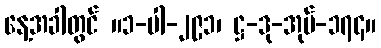
နေ့အခါတွင် ။၁-ပါ-၂၉၁၊ ဋ္ဌ-ဒု-အုပ်-၁၇၄။